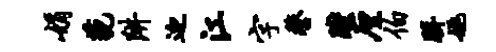
娟藐阱迎江字鏊躞厘伯胼姚